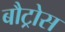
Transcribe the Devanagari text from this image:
बौट्रोस